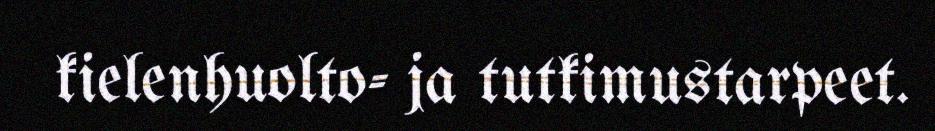
kielenhuolto- ja tutkimustarpeet.